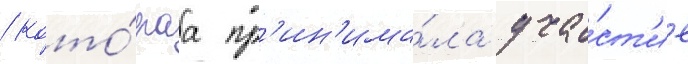
/ кото́раа пр'ин'има́ла уча́ст'ие